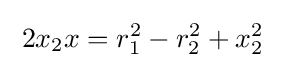
\;2x_{2}x=r_{1}^{2}-r_{2}^{2}+x_{2}^{2}\;